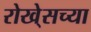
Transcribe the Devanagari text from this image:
रोखे्सच्या